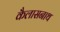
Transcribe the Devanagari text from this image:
कैलासनाथ